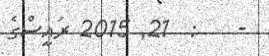
-    :  21